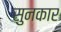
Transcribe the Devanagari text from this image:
सुनकार